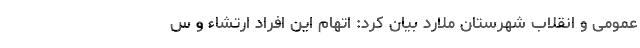
عمومی و انقلاب شهرستان ملارد بیان کرد: اتهام این افراد ارتشاء و س